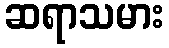
ဆရာသမား